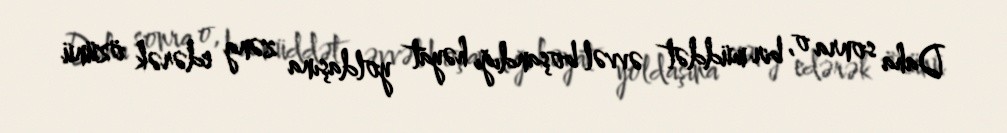
Daha sonra o, bir müddət əvvəl boşandığı həyat yoldaşına zəng edərək özünü